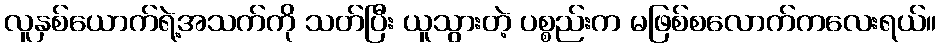
လူနှစ်ယောက်ရဲ့အသက်ကို သတ်ပြီး ယူသွားတဲ့ ပစ္စည်းက မဖြစ်စလောက်ကလေးရယ်။